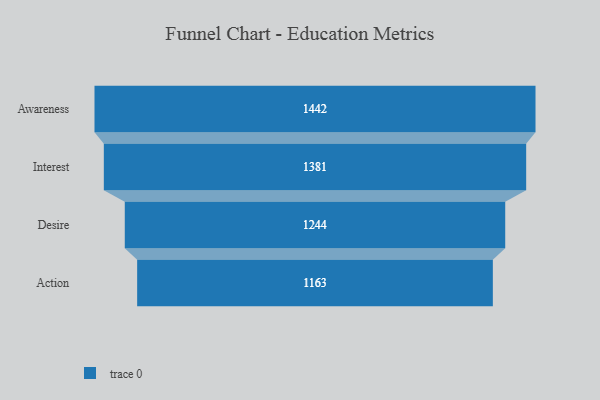
{"axis": {"x": "Stage", "y": "Value"}, "legend": [""], "data": [{"x": "Awareness", "y": 1442.0, "type": ""}, {"x": "Interest", "y": 1381.0, "type": ""}, {"x": "Desire", "y": 1244.0, "type": ""}, {"x": "Action", "y": 1163.0, "type": ""}]}